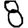
Digit: 8